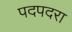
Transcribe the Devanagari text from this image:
पदपदरा